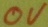
Text: 0V